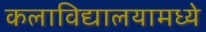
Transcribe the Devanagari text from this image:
कलाविद्यालयामध्ये